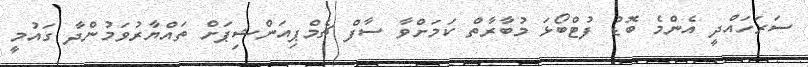
ސަރަހައްދީ އެންމެ ބޮޑު ފުޓްބޯޅަ މުބާރާތް ކަމަށްވާ ސާފް ޗެމްޕިއަންޝިޕަށް ތައްޔާރުވަމުންދާ ގައުމީ